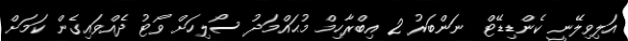
އަލިވިލޭނީ ކެންޑިޑޭޓް ނަންބަރު 2 އިބްރާހިމް މުޙައްމަދު ސޯލިހަށް ވޯޓު ދެއްވައިގެން ކަމަށް